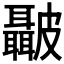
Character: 𭽺